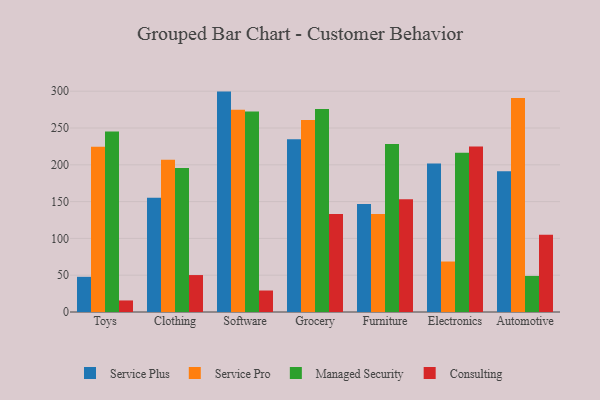
{"axis": {"x": "Category", "y": "Website Visitors"}, "legend": ["Consulting", "Managed Security", "Service Plus", "Service Pro"], "data": [{"x": "Toys", "y": 47.8, "type": "Service Plus"}, {"x": "Toys", "y": 224.4, "type": "Service Pro"}, {"x": "Toys", "y": 245.2, "type": "Managed Security"}, {"x": "Toys", "y": 15.7, "type": "Consulting"}, {"x": "Clothing", "y": 155.4, "type": "Service Plus"}, {"x": "Clothing", "y": 206.8, "type": "Service Pro"}, {"x": "Clothing", "y": 195.7, "type": "Managed Security"}, {"x": "Clothing", "y": 50.2, "type": "Consulting"}, {"x": "Software", "y": 299.5, "type": "Service Plus"}, {"x": "Software", "y": 274.8, "type": "Service Pro"}, {"x": "Software", "y": 272.5, "type": "Managed Security"}, {"x": "Software", "y": 29.2, "type": "Consulting"}, {"x": "Grocery", "y": 234.6, "type": "Service Plus"}, {"x": "Grocery", "y": 260.9, "type": "Service Pro"}, {"x": "Grocery", "y": 275.7, "type": "Managed Security"}, {"x": "Grocery", "y": 133.3, "type": "Consulting"}, {"x": "Furniture", "y": 146.7, "type": "Service Plus"}, {"x": "Furniture", "y": 133.3, "type": "Service Pro"}, {"x": "Furniture", "y": 228.3, "type": "Managed Security"}, {"x": "Furniture", "y": 153.3, "type": "Consulting"}, {"x": "Electronics", "y": 201.8, "type": "Service Plus"}, {"x": "Electronics", "y": 68.6, "type": "Service Pro"}, {"x": "Electronics", "y": 216.5, "type": "Managed Security"}, {"x": "Electronics", "y": 225.0, "type": "Consulting"}, {"x": "Automotive", "y": 191.1, "type": "Service Plus"}, {"x": "Automotive", "y": 290.7, "type": "Service Pro"}, {"x": "Automotive", "y": 49.0, "type": "Managed Security"}, {"x": "Automotive", "y": 104.9, "type": "Consulting"}]}